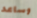
وساعد